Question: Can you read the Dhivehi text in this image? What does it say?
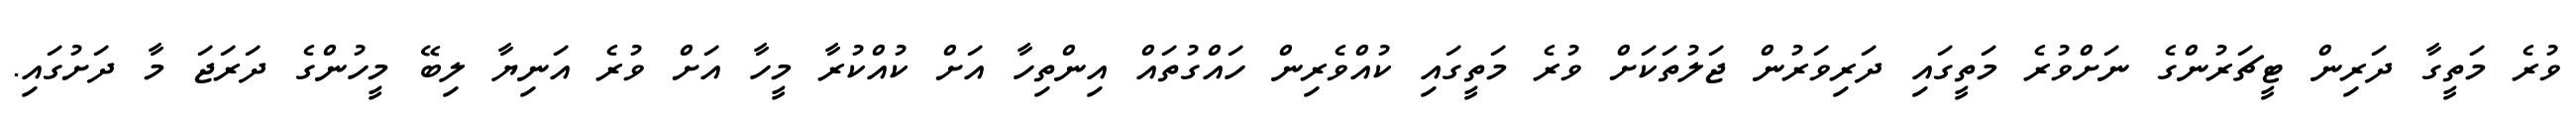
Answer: ވުރެ މަތީގާ ދަރިން ޓީޗަރުންގެ ނަށްވުރެ މަތީގައި ދަރިވަރުން ޖަލުތަކަށް ވުރެ މަތީގައި ކުއްވެރިން ހައްގުތައް އިންތިހާ އަށް ކުއްކުރާ މީހާ އަށް ވުރެ އަނިޔާ ލިބޭ މީހުންގެ ދަރަޖަ މާ ދަށުގައި.